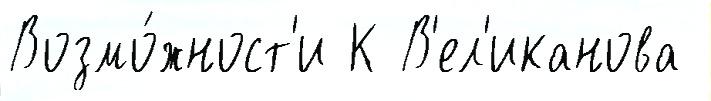
Возмо́жност'и К В'ел'иканова